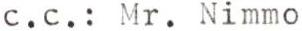
c.c.: Mr. Nimmo